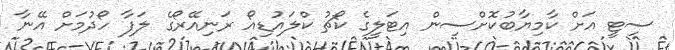
ސިޓީ އަށް ކާމިޔާބުކޮށްސިން އިޓަލީގެ ކޯޗު ކްލައުޑިއޯ ރަނިއޭރޯގެ ލަފާ ހޯދުމަށް އޭނާ